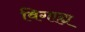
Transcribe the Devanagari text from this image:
विगाह्य